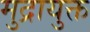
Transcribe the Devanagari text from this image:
मुद्रायुक्त